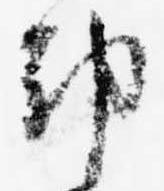
都